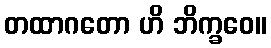
တထာဂတော ဟိ ဘိက္ခဝေ။